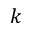
\boldsymbol { k }